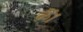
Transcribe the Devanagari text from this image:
ळें।